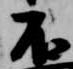
不